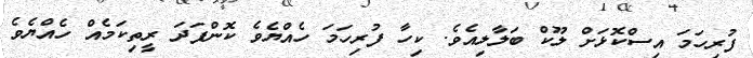
ފުރިހަމަ އިސްކޮޅަށް ލޫކް ބަލާލިއެވެ. ކިހާ ފުރިހަމަ ހެއްޔެވެ ކޮންފަދަ ރީތިކަމެއް ހެއްޔެވެ